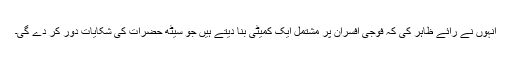
انہوں نے رائے ظاہر کی کہ فوجی افسران پر مشتمل ایک کمیٹی بنا دیتے ہیں جو سیٹھ حضرات کی شکایات دور کر دے گی۔